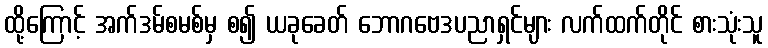
ထို့ကြောင့် အက်ဒမ်စမစ်မှ စ၍ ယခုခေတ် ဘောဂဗေဒပညာရှင်များ လက်ထက်တိုင် စားသုံးသူ